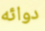
دوائه